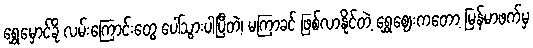
ရွှေမှောင်ခို လမ်းကြောင်းတွေ ပေါ်သွားပါပြီတဲ့၊ မကြာခင် ဖြစ်လာနိုင်တဲ့ ရွှေဈေးကတော့ မြန်မာဖက်မှ